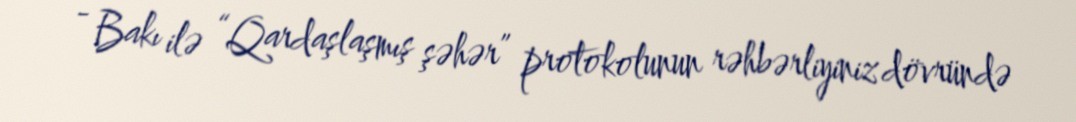
- Bakı ilə “Qardaşlaşmış şəhər” protokolunun rəhbərliyiniz dövründə